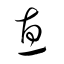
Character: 惠